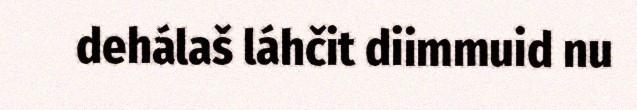
dehálaš láhčit diimmuid nu